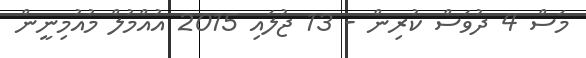
މަސް 4 ދުވަސް ކުރިން - 13 ޖުލައި 2015 އުއްމުލް މުއުމިނީން